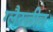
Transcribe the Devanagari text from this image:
ग्लैरजीन